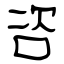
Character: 咨